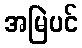
အမြဲပင်